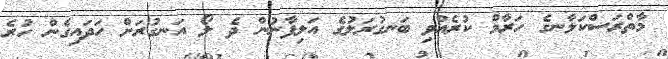
މާތްރަސްކަލާނގެ ހަރާމް ކުރެއްވި ބަނގުރަލުގެ އަލިފާނުން ދެ ލޯ އަނގުރަށް ހަދައިގެން ހުރެ